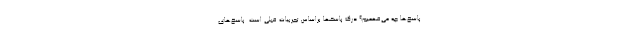
پاسخ‌ها چه می‌فهمیم؟ درک پاسخها براساس تجربیات قبلی است. پاسخ‌های